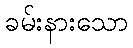
ခမ်းနားသော